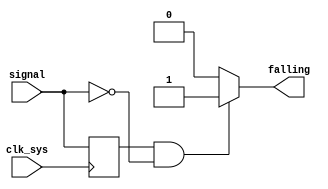
module falling_edge(
  input clk_sys,
  input signal,
  output falling
);

assign falling = old & ~signal ? 1'b1 : 1'b0;

reg old;
always @(posedge clk_sys)
  old <= signal;

endmodule